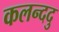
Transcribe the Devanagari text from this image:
कलन्ददु